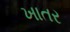
ખાતર